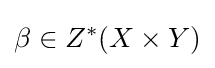
\beta \in Z^{*}(X\times Y)